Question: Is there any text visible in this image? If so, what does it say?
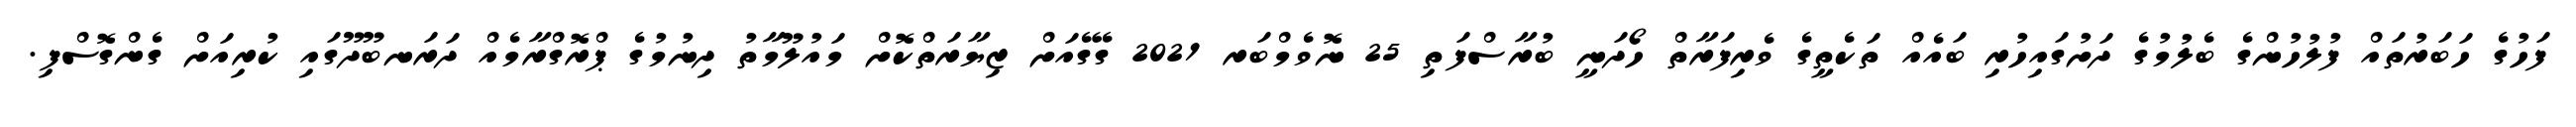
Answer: ފަހުގެ ހަބަރުތައް ފުލުހުންގެ ބެލުމުގެ ދަށުގައިހުރި ބައެއް ތަކެތީގެ ވެރިފަރާތް ހޯދަނީ ބުރާސްފަތި 25 ނޮވެމްބަރ 2021 ގޭގެއަށް ޒިޔާރަތްކޮށް މައުލޫމާތު ދިނުމުގެ ޕްރޮގްރާމެއް ދަރަނބޫދޫގައި ކުރިއަށް ގެންގޮސްފި.